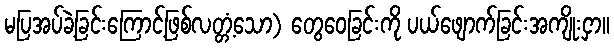
မပြအပ်ခဲ့ခြင်းကြောင့်ဖြစ်လတ္တံ့သော) တွေဝေခြင်းကို ပယ်ဖျောက်ခြင်းအကျိုးငှာ။